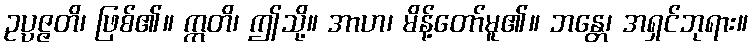
ဥပ္ပဇ္ဇတိ၊ ဖြစ်၏။ ဣတိ၊ ဤသို့။ အာဟ၊ မိန့်တော်မူ၏။ ဘန္တေ၊ အရှင်ဘုရား။